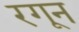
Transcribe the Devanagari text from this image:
रगून